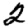
Digit: 2